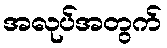
အလုပ်အတွက်